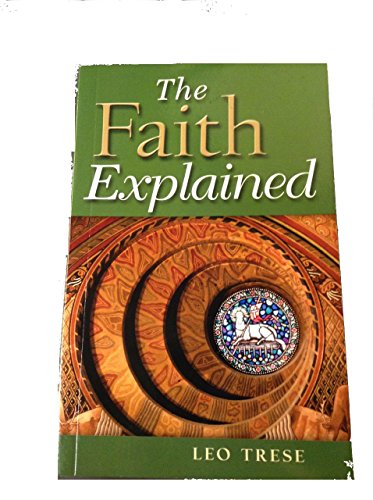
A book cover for The Faith Explained; Leo J. Trese; Christian Books & Bibles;